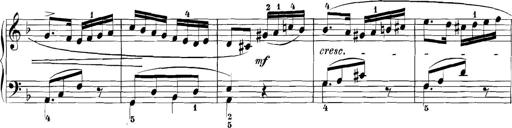
Title: 3 Sonatinas
Composer: Carl Reinecke